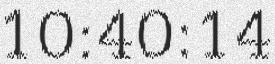
10:40:14